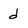
Character: d